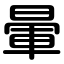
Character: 暈